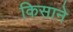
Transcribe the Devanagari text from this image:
किसाने